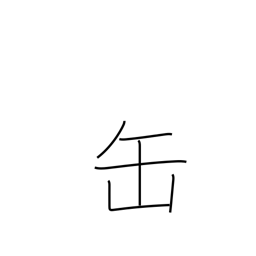
Meaning: tin can